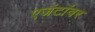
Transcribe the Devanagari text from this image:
एजंटांवर